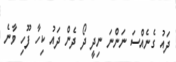
ދައު ގެނެއްސަ ނަންނަ ނިދީ ދޯ ދެން ދައު ކިހާ ފޫހި ވާނެ